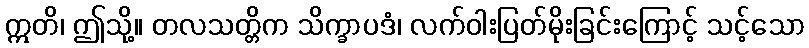
ဣတိ၊ ဤသို့။ တလသတ္တိက သိက္ခာပဒံ၊ လက်ဝါးပြတ်မိုးခြင်းကြောင့် သင့်သော